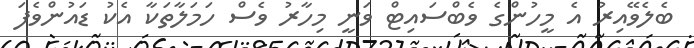
ބެލެވޭއިރު އެ މީހުންގެ ވެބްސައިޓް ވަނީ މިހާރު ވެސް ހަމަލާތަކާ އެކު ޑައުންވެފަ